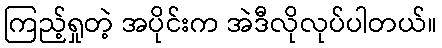
ကြည့်ရှုတဲ့ အပိုင်းက အဲဒီလိုလုပ်ပါတယ်။